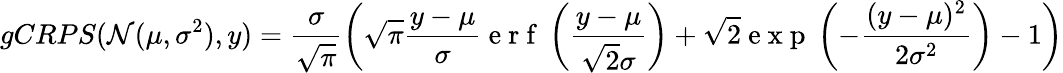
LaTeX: gCRPS(\mathcal{N}(\mu,\sigma^{2}),y)=\frac{\sigma}{\sqrt{\pi}}\left(\sqrt{\pi}\frac{y-\mu}{\sigma}\mathrm{~e~r~f~}\left(\frac{y-\mu}{\sqrt{2}\sigma}\right)+\sqrt{2}\mathrm{~e~x~p~}\left(-\frac{(y-\mu)^{2}}{2\sigma^{2}}\right)-1\right)